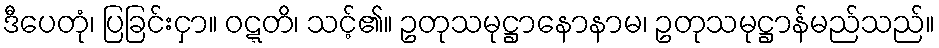
ဒီပေတုံ၊ ပြခြင်းငှာ။ ဝဋ္ဋတိ၊ သင့်၏။ ဥတုသမုဋ္ဌာနောနာမ၊ ဥတုသမုဋ္ဌာန်မည်သည်။